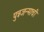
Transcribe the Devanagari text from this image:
पुत्रजन्माची